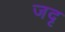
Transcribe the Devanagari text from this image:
जदृ